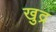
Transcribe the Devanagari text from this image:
खुद्र